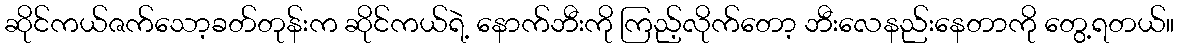
ဆိုင်ကယ်ဇက်သော့ခတ်တုန်းက ဆိုင်ကယ်ရဲ့ နောက်ဘီးကို ကြည့်လိုက်တော့ ဘီးလေနည်းနေတာကို တွေ့ရတယ်။